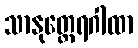
သာနုတ္ထေရဂါထာ